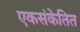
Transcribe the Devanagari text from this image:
एकसंकेतित